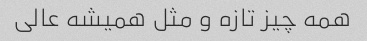
همه چیز تازه و مثل همیشه عالی